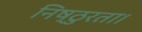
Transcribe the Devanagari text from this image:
निष्ठुरता।